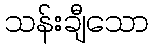
သန်းချီသော